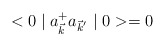
\begin{align*}< 0 \mid a_{\vec{k}}^{+} a_{{\vec{k}}^{'}} \mid 0 > = 0\end{align*}